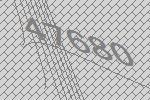
47680